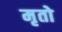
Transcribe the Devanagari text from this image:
मृतो